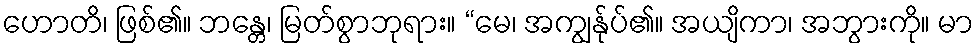
ဟောတိ၊ ဖြစ်၏။ ဘန္တေ၊ မြတ်စွာဘုရား။ “မေ၊ အကျွန်ုပ်၏။ အယျိကာ၊ အဘွားကို။ မာ